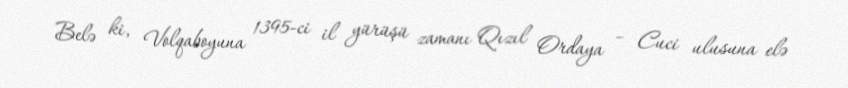
Belə ki, Volqaboyuna 1395-ci il yürüşü zamanı Qızıl Ordaya – Cuci ulusuna elə